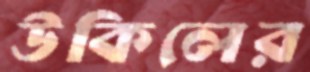
উকিলের